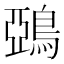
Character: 鵶